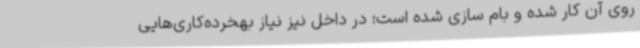
روی آن کار شده و بام سازی شده است؛ در داخل نیز نیاز بهخرده‌کاری‌هایی